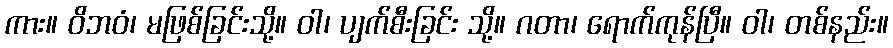
ကား။ ဝိဘဝံ၊ မဖြစ်ခြင်းသို့။ ဝါ၊ ပျက်စီးခြင်း သို့။ ဂတာ၊ ရောက်ကုန်ပြီ။ ဝါ၊ တစ်နည်း။